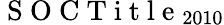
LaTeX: \mathrm{~S~O~C~T~i~t~l~e~}_{2010}